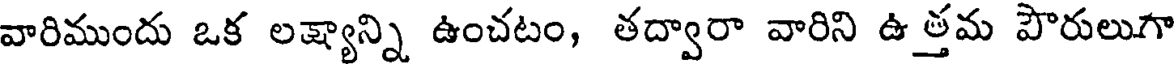
వారిముందు ఒక లక్ష్యాన్ని ఉంచటం, తద్వారా వారిని ఉత్తమ పౌరులుగా